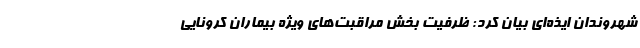
شهروندان ایذه‌ای بیان کرد: ظرفیت بخش مراقبت‌های ویژه بیماران کرونایی